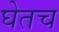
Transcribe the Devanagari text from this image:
घेतच